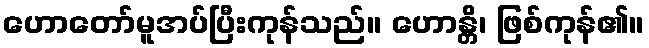
ဟောတော်မူအပ်ပြီးကုန်သည်။ ဟောန္တိ၊ ဖြစ်ကုန်၏။